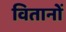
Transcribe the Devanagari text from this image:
वितानों